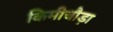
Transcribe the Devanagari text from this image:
किमीचौड़ा